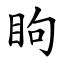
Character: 眗